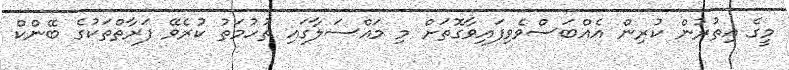
މީގެ އިތުރުން ކުރިން އެއްބަސްވެވިފައިވާގޮތަށް މި މައްސަލާގައި ތުހުމަތު ކުރެވޭ ފަރާތްތަކުގެ ބޭންކް